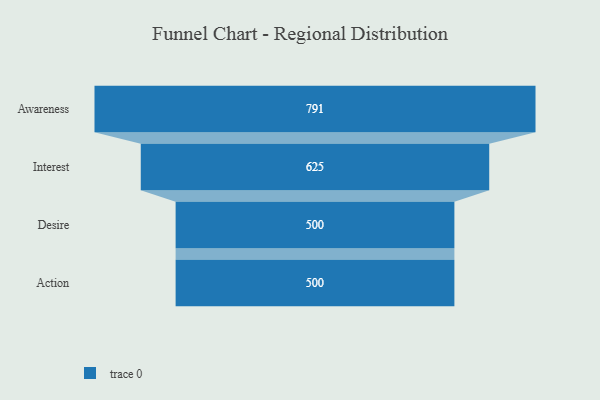
{"axis": {"x": "Stage", "y": "Value"}, "legend": [""], "data": [{"x": "Awareness", "y": 791.0, "type": ""}, {"x": "Interest", "y": 625.0, "type": ""}, {"x": "Desire", "y": 500, "type": ""}, {"x": "Action", "y": 500, "type": ""}]}